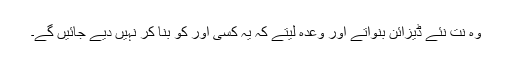
وہ نت نئے ڈیزائن بنواتے اور وعدہ لیتے کہ یہ کسی اور کو بنا کر نہیں دیے جائیں گے۔